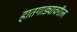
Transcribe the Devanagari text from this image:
हातगाड्यावरील